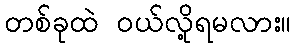
တစ်ခုထဲ ဝယ်လို့ရမလား။